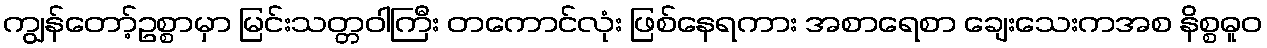
ကျွန်တော့်ဥစ္စာမှာ မြင်းသတ္တဝါကြီး တကောင်လုံး ဖြစ်နေရကား အစာရေစာ ချေးသေးကအစ နိစ္စဓူဝ